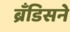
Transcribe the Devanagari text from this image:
ब्रँडिसने